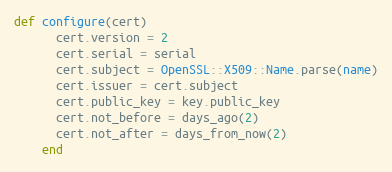
Language: Ruby
def configure(cert)
      cert.version = 2
      cert.serial = serial
      cert.subject = OpenSSL::X509::Name.parse(name)
      cert.issuer = cert.subject
      cert.public_key = key.public_key
      cert.not_before = days_ago(2)
      cert.not_after = days_from_now(2)
    end